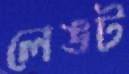
লেঙট